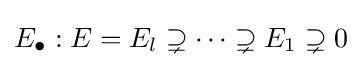
E_{\bullet }:E=E_{l}\supsetneq \cdots \supsetneq E_{1}\supsetneq 0